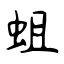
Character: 蛆